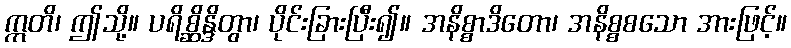
ဣတိ၊ ဤသို့။ ပရိစ္ဆိန္ဒိတွာ၊ ပိုင်းခြားပြီး၍။ အနိစ္စာဒိတော၊ အနိစ္စစသော အားဖြင့်။